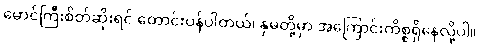
မောင်ကြီးစိတ်ဆိုးရင် တောင်းပန်ပါတယ်၊ နှမတို့မှာ အကြောင်းကိစ္စရှိနေလို့ပါ။